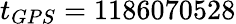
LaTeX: t_{GPS}=1186070528